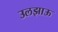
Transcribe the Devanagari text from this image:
उलझाऊ